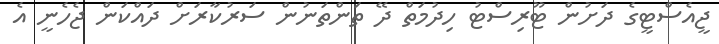
ޖީއެސްޓީގެ ދަށުން ޓޫރިސްޓު ހިދުމަތް ދޭ ތަންތަނުން ސަރުކާރަށް ދައްކަން ޖެހެނީ އެ